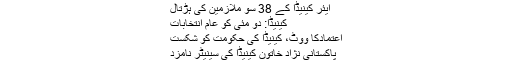
ایئر کینیڈا کے 38 سو ملازمین کی ہڑتال
کینیڈا: دو مئی کو عام انتخابات
اعتمادکا ووٹ، کینیڈا کی حکومت کو شکست
پاکستانی نژاد خاتون کینیڈا کی سینیٹر نامزد